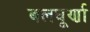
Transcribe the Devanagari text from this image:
बलघूर्णा